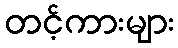
တင့်ကားများ